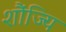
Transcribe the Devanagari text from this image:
शौंज्यि